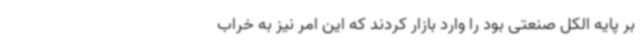
بر پایه الکل صنعتی بود را وارد بازار کردند که این امر نیز به خراب